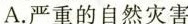
A.严重的自然灾害